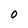
Character: O